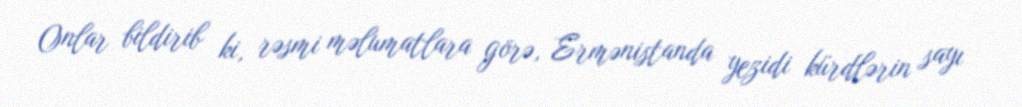
Onlar bildirib ki, rəsmi məlumatlara görə, Ermənistanda yezidi kürdlərin sayı